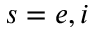
s = e , i